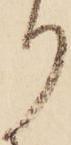
り